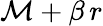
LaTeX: \mathcal{M}+\beta\, r